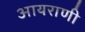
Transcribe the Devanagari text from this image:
आयराणी